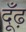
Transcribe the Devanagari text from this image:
दूँढ़